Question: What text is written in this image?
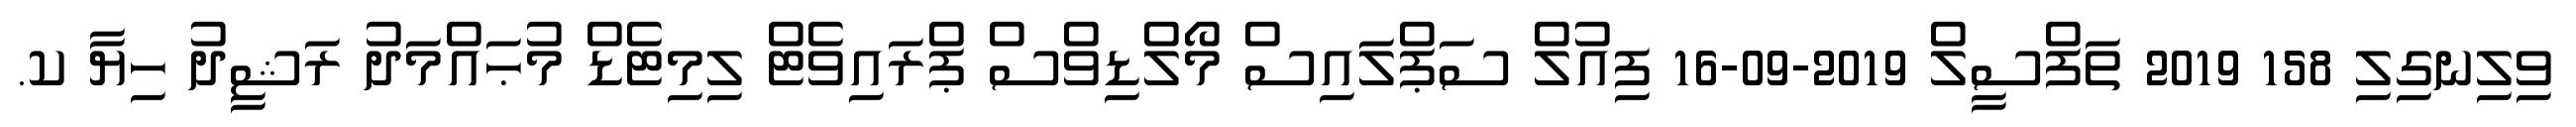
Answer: ވިލިނގިލި 158 2019 ތަފްސީލް 2019-09-16 ފިއުލް ސަޕްލައިސް މޯލްޑިވްސް ޕްރައިވެޓް ލިމިޓެޑް މުޙައްމަދު ރަޝީދު ހިޔާ ކ.